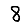
Digit: 8